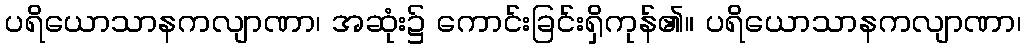
ပရိယောသာနကလျာဏာ၊ အဆုံး၌ ကောင်းခြင်းရှိကုန်၏။ ပရိယောသာနကလျာဏာ၊